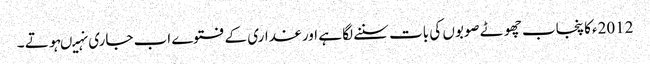
2012ءکا پنجاب چھوٹے صوبوں کی بات سننے لگا ہے اور غداری کے فتوے اب جاری نہیںہوتے ۔